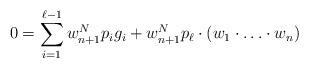
LaTeX: \begin{align*}0 = \sum_{i=1}^{\ell-1} w_{n+1}^N p_i g_i + w^N_{n+1}p_\ell \cdot (w_1\cdot \ldots \cdot w_n)\end{align*}